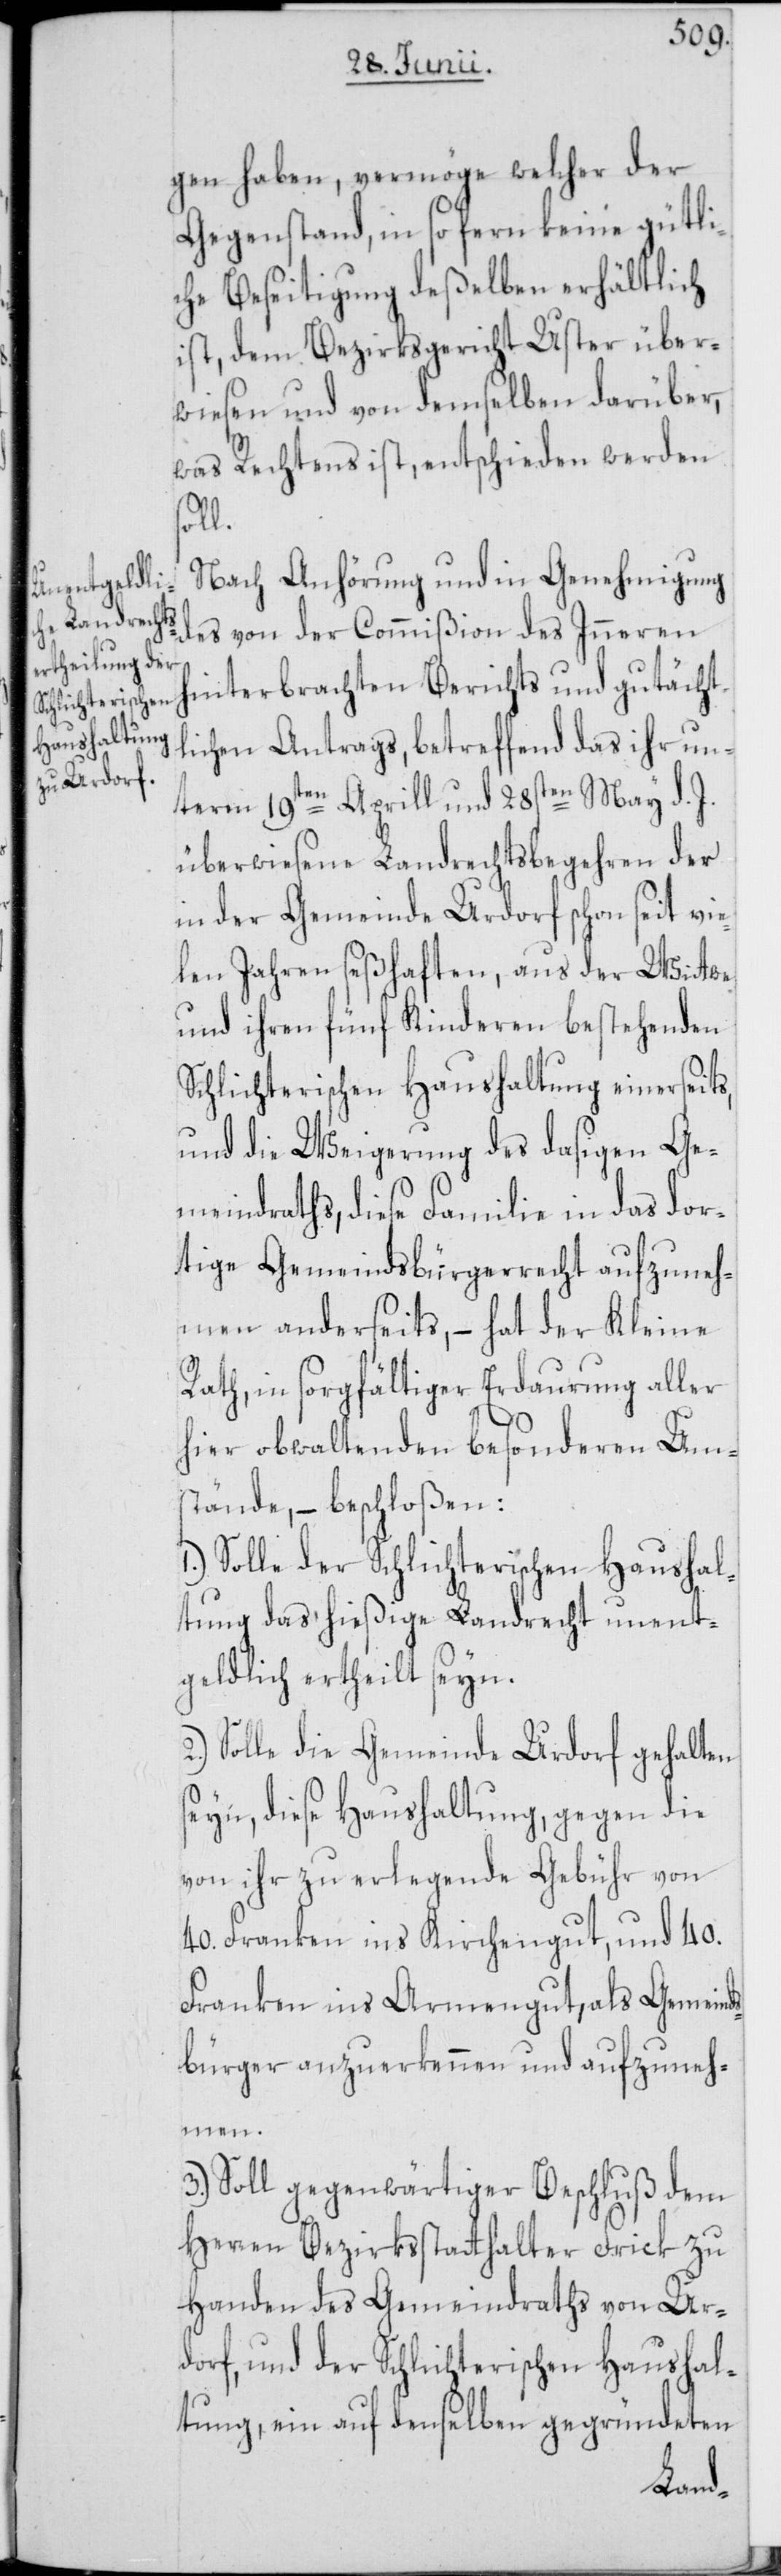
gen haben, vermöge welcher der
Gegenstand, in so fern keine gütli¬
che Beseitigung deßelben erhältlich
ist, dem Bezirksgericht Uster über¬
wiesen und von demselben darüber,
was Rechtens ist, entschieden werden
Nach Anhörung und in Genehmigung
des von der Commißion des Inneren
hinterbrachten Berichts und gutächt¬
lichen Antrags, betreffend das ihr un¬
term 19ten Aprill und 28sten May d. J.
überwiesene Landrechtsbegehren der
in der Gemeinde Urdorf schon seit vie¬
len Jahren seßhaften, aus der Wittwe
und ihren fünf Kinderen bestehenden
Schlichterischen Haushaltung einerseits,
und die Weigerung des dasigen Ge¬
meindraths, diese Familie in das dor¬
tige Gemeindsbürgerrecht aufzuneh¬
men anderseits, – hat der Kleine
Rath, in sorgfältiger Erdaurung aller
hier obwaltenden besonderen Um¬
stände, –beschloßen:
1.) Solle der Schlichterischen Haushal¬
tung das hießige Landrecht unent¬
geldlich ertheilt seyn.
Solle die Gemeinde Urdorf gehalten
seyn, diese Haushaltung, gegen die
von ihr zu erlegende Gebühr von
40. Franken ins Kirchengut, und 40.
Franken ins Armengut, als Gemeind¬
sbürger anzuerkennen und aufzuneh¬
men.
3.) Soll gegenwärtiger Beschluß dem
Herren Bezirksstatthalter Frick zu
Handen des Gemeindraths von Ur¬
dorf, und der Schlichterischen Haushal¬
tung, ein auf denselben gegründeten